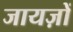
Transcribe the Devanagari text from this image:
जायज़ों